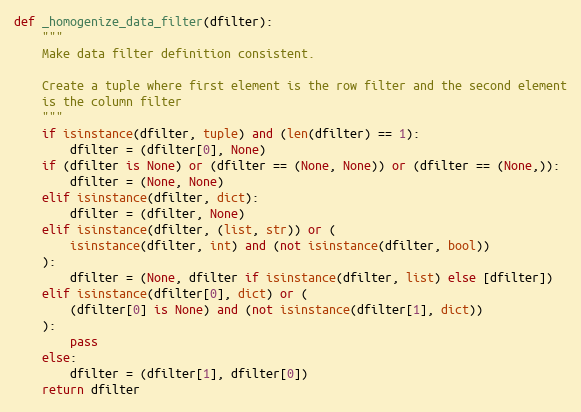
Language: Python
def _homogenize_data_filter(dfilter):
    """
    Make data filter definition consistent.

    Create a tuple where first element is the row filter and the second element
    is the column filter
    """
    if isinstance(dfilter, tuple) and (len(dfilter) == 1):
        dfilter = (dfilter[0], None)
    if (dfilter is None) or (dfilter == (None, None)) or (dfilter == (None,)):
        dfilter = (None, None)
    elif isinstance(dfilter, dict):
        dfilter = (dfilter, None)
    elif isinstance(dfilter, (list, str)) or (
        isinstance(dfilter, int) and (not isinstance(dfilter, bool))
    ):
        dfilter = (None, dfilter if isinstance(dfilter, list) else [dfilter])
    elif isinstance(dfilter[0], dict) or (
        (dfilter[0] is None) and (not isinstance(dfilter[1], dict))
    ):
        pass
    else:
        dfilter = (dfilter[1], dfilter[0])
    return dfilter